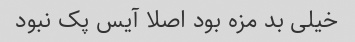
خیلی بد مزه بود اصلا آیس پک نبود